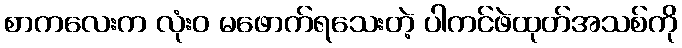
စာကလေးက လုံးဝ မဖောက်ရသေးတဲ့ ပါကင်ဖဲထုတ်အသစ်ကို